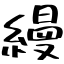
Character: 縵